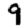
Digit: 9